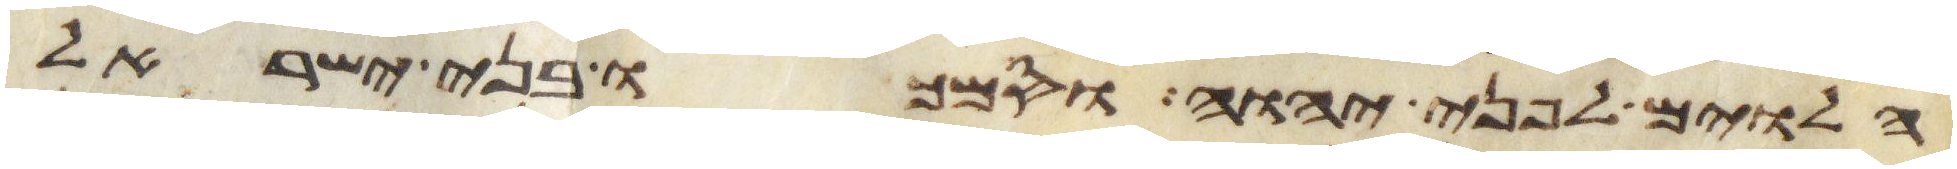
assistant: הלוים לפני יהוה וסמכו בני ישראל